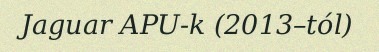
Jaguar APU-k (2013–tól)